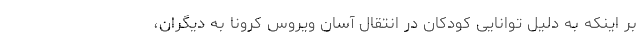
بر اینکه به دلیل توانایی کودکان در انتقال آسان ویروس کرونا به دیگران،